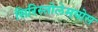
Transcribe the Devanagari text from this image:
सिरिस्तोलेमयोस